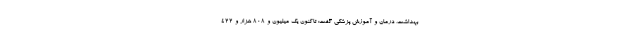
بهداشت، درمان و آموزش پزشکی گفت: تاکنون یک میلیون و ۸۰۸ هزار و ۴۲۲